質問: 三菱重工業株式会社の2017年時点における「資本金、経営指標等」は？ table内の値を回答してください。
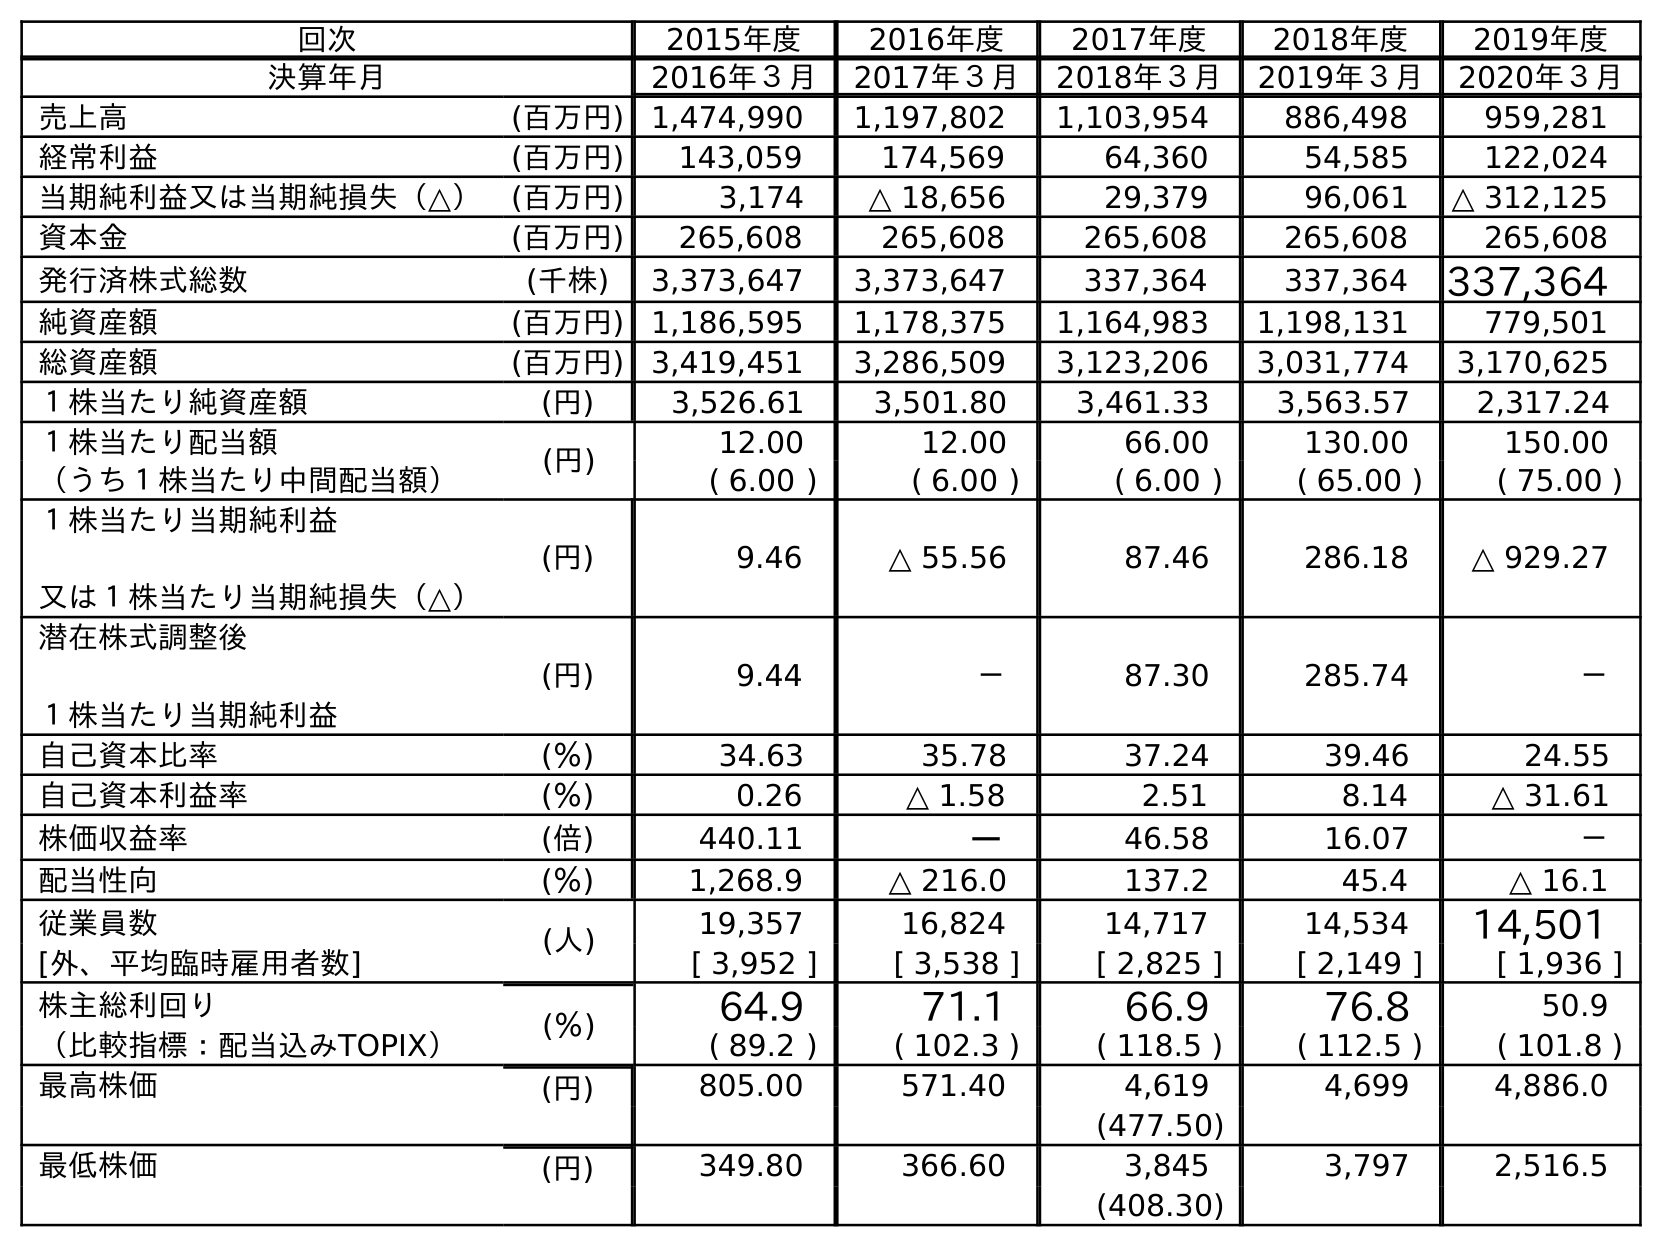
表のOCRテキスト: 回次 2015年度 2016年度 2017年度 2018年度 2019年度 決算年月 2016年３月 2017年３月 2018年３月 2019年３月 2020年３月 売上高 (百万円) 1,474,990 1,197,802 1,103,954 886,498 959,281 経常利益 (百万円) 143,059 174,569 64,360 54,585 122,024 当期純利益又は当期純損失（△） (百万円) 3,174 △ 18,656 29,379 96,061 △ 312,125 資本金 (百万円) 265,608 265,608 265,608 265,608 265,608 発行済株式総数 (千株) 3,373,647 3,373,647 337,364 337,364 337,364 純資産額 (百万円) 1,186,595 1,178,375 1,164,983 1,198,131 779,501 総資産額 (百万円) 3,419,451 3,286,509 3,123,206 3,031,774 3,170,625 １株当たり純資産額 (円) 3,526.61 3,501.80 3,461.33 3,563.57 2,317.24 １株当たり配当額 (円) 12.00 12.00 66.00 130.00 150.00 （うち１株当たり中間配当額） ( 6.00 ) ( 6.00 ) ( 6.00 ) ( 65.00 ) ( 75.00 ) １株当たり当期純利益 又は１株当たり当期純損失（△） (円) 9.46 △ 55.56 87.46 286.18 △ 929.27 潜在株式調整後 １株当たり当期純利益 (円) 9.44 － 87.30 285.74 － 自己資本比率 (％) 34.63 35.78 37.24 39.46 24.55 自己資本利益率 (％) 0.26 △ 1.58 2.51 8.14 △ 31.61 株価収益率 (倍) 440.11 － 46.58 16.07 － 配当性向 (％) 1,268.9 △ 216.0 137.2 45.4 △ 16.1 従業員数 (人) 19,357 16,824 14,717 14,534 14,501 [外、平均臨時雇用者数] [ 3,952 ] [ 3,538 ] [ 2,825 ] [ 2,149 ] [ 1,936 ] 株主総利回り (％) 64.9 71.1 66.9 76.8 50.9 （比較指標：配当込みTOPIX） ( 89.2 ) ( 102.3 ) ( 118.5 ) ( 112.5 ) ( 101.8 ) 最高株価 (円) 805.00 571.40 4,619 4,699 4,886.0 (477.50) 最低株価 (円) 349.80 366.60 3,845 3,797 2,516.5 (408.30)
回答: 265,608